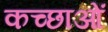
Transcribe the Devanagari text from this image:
कच्छाओं